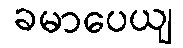
ခမာပေယျ